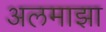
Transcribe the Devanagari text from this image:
अलमाझा